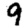
Digit: 9